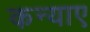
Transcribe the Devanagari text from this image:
कन्याए